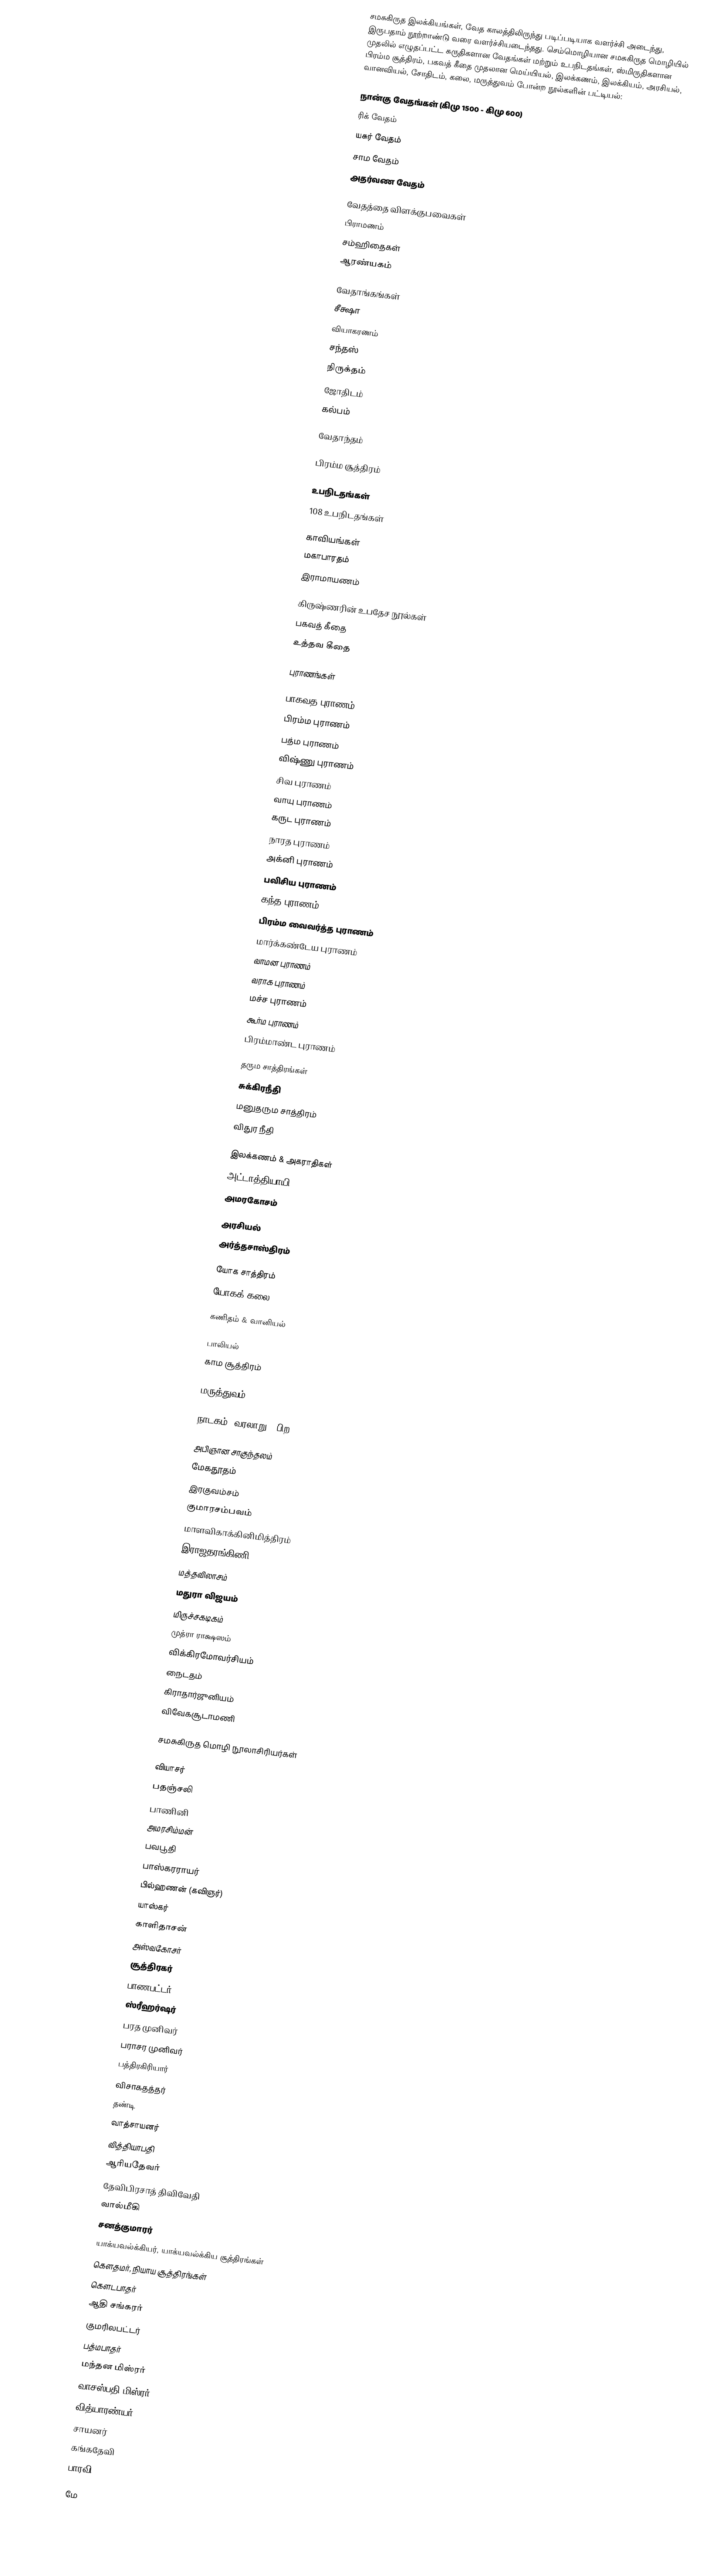
சமசுகிருத இலக்கியங்கள், வேத காலத்திலிருந்து படிப்படியாக வளர்ச்சி அடைந்து, இருபதாம் நூற்றாண்டு வரை வளர்ச்சியடைந்தது.  செம்மொழியான  சமசுகிருத மொழியில் முதலில் எழுதப்பட்ட சுருதிகளான வேதங்கள் மற்றும் உபநிடதங்கள், ஸ்மிருதிகளான பிரம்ம சூத்திரம், பகவத் கீதை முதலான மெய்யியல், இலக்கணம், இலக்கியம், அரசியல், வானவியல், சோதிடம், கலை, மருத்துவம் போன்ற நூல்களின்  பட்டியல்:

நான்கு வேதங்கள் (கிமு 1500 - கிமு 600)
 ரிக் வேதம்
 யசுர் வேதம்
 சாம வேதம்
 அதர்வண வேதம்

வேதத்தை விளக்குபவைகள்
 பிராமணம்
 சம்ஹிதைகள்
 ஆரண்யகம்

வேதாங்கங்கள்
 சீக்ஷா
 வியாகரணம்
 சந்தஸ்
 நிருக்தம்
 ஜோதிடம்
 கல்பம்

வேதாந்தம்

பிரம்ம சூத்திரம்

உபநிடதங்கள்
 108 உபநிடதங்கள்

காவியங்கள்
 மகாபாரதம்
 இராமாயணம்

கிருஷ்ணரின் உபதேச நூல்கள்
 பகவத் கீதை
 உத்தவ கீதை

புராணங்கள்

 பாகவத புராணம்
 பிரம்ம புராணம்
 பத்ம புராணம்
 விஷ்ணு புராணம்
 சிவ புராணம்
 வாயு புராணம்
 கருட புராணம்
 நாரத புராணம்
 அக்னி புராணம்
 பவிசிய புராணம்
 கந்த புராணம்
 பிரம்ம வைவர்த்த புராணம்
 மார்க்கண்டேய புராணம்
 வாமன புராணம்
 வராக புராணம்
 மச்ச புராணம்
 கூர்ம புராணம்
 பிரம்மாண்ட புராணம்

தரும சாத்திரங்கள்
 சுக்கிரநீதி
 மனுதரும சாத்திரம்
 விதுர நீதி

இலக்கணம் & அகராதிகள்
 அட்டாத்தியாயி
 அமரகோசம்

அரசியல்
 அர்த்தசாஸ்திரம்

யோக சாத்திரம்
 யோகக் கலை

கணிதம் & வானியல்

பாலியல்
 காம சூத்திரம்

மருத்துவம்

நாடகம், வரலாறு & பிற

 அபிஞான சாகுந்தலம்
 மேகதூதம்
 இரகுவம்சம்
 குமாரசம்பவம்
 மாளவிகாக்கினிமித்திரம்
 இராஜதரங்கிணி
 மத்தவிலாசம்
 மதுரா விஜயம்
 மிருச்சகடிகம்
 முத்ரா ராக்ஷஸம்
 விக்கிரமோவர்சியம்
 நைடதம்
 கிராதார்ஜுனியம்
  விவேகசூடாமணி

சமசுகிருத மொழி நூலாசிரியர்கள்

 வியாசர்
 பதஞ்சலி
 பாணினி
 அமரசிம்மன்
 பவபூதி
 பாஸ்கரராயர்
 பில்ஹணன் (கவிஞர்)
 யாஸ்கர்
 காளிதாசன்
 அஸ்வகோசர்
 சூத்திரகர்
 பாணபட்டர்
 ஸ்ரீஹர்ஷர்
 பரத முனிவர்
 பராசர முனிவர்
 பத்திரகிரியார்
 விசாகதத்தர்
 தண்டி
 வாத்சாயனர்
 வித்தியாபதி
 ஆரியதேவர்
 தேவிபிரசாத் திவிவேதி
 வால்மீகி
 சனத்குமாரர்
 யாக்யவல்க்கியர், யாக்யவல்க்கிய சூத்திரங்கள்
 கௌதமர், நியாய சூத்திரங்கள்
 கௌடபாதர்
 ஆதி சங்கரர்
 குமரிலபட்டர்
 பத்மபாதர்
 மந்தன மிஸ்ரர்
 வாசஸ்பதி மிஸ்ரர்
 வித்யாரண்யர்
 சாயனர்
 கங்கதேவி
 பாரவி

மே